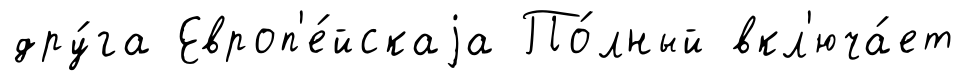
дру́га Европ'е́йскаjа По́лный вкл'юча́ет